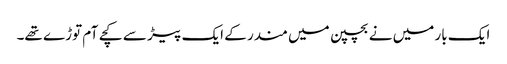
ایک بار میں نے بچپن میں مندر کے ایک پیڑ سے کچے آم توڑے تھے۔